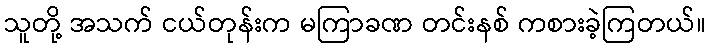
သူတို့ အသက် ငယ်တုန်းက မကြာခဏ တင်းနစ် ကစားခဲ့ကြတယ်။